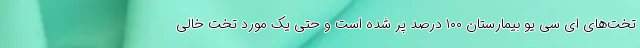
تخت‌های ای سی یو بیمارستان ۱۰۰ درصد پر شده است و حتی یک مورد تخت خالی